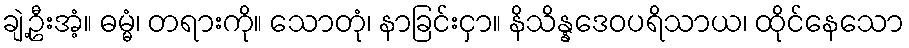
ချဲ့ဦးအံ့။ ဓမ္မံ၊ တရားကို။ သောတုံ၊ နာခြင်းငှာ။ နိသိန္နဒေဝပရိသာယ၊ ထိုင်နေသော